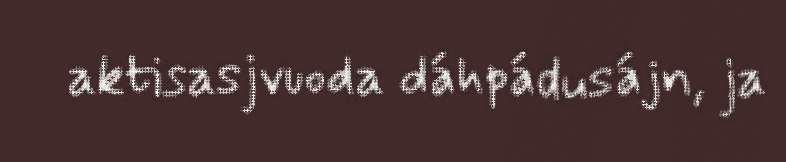
aktisasjvuoda dáhpádusájn, ja